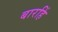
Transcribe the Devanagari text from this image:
बारहिं